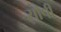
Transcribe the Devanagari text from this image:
सौपीं